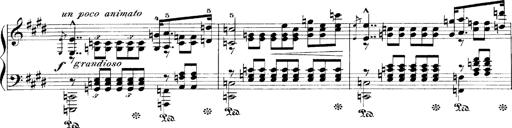
Title: LiebestrÃ¤ume
Composer: Franz Behr
Key: E-flat major